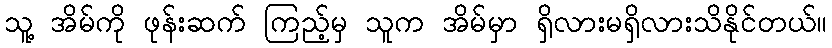
သူ့ အိမ်ကို ဖုန်းဆက် ကြည့်မှ သူက အိမ်မှာ ရှိလားမရှိလားသိနိုင်တယ်။